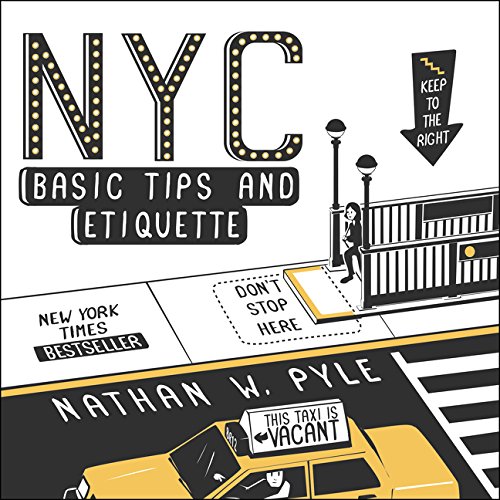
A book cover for NYC Basic Tips and Etiquette; Nathan W. Pyle; Travel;